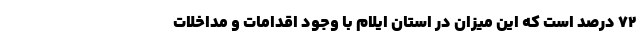
۷۲ درصد است که این میزان در استان ایلام با وجود اقدامات و مداخلات